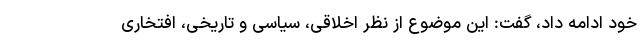
خود ادامه داد، گفت: این موضوع از نظر اخلاقی، سیاسی و تاریخی، افتخاری